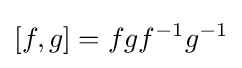
[f,g]=fgf^{-1}g^{-1}